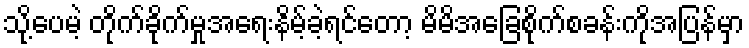
သို့ပေမဲ့ တိုက်ခိုက်မှုအရေးနိမ့်ခဲ့ရင်တော့ မိမိအခြေစိုက်စခန်းကိုအပြန်မှာ